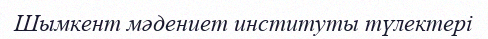
Шымкент мәдениет институты түлектері